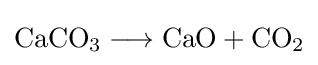
{\mathrm {CaCO} {\vphantom {A}}_{\smash[{t}]{3}}{}\mathrel {\longrightarrow } {}\mathrm {CaO} {}+{}\mathrm {CO} {\vphantom {A}}_{\smash[{t}]{2}}}